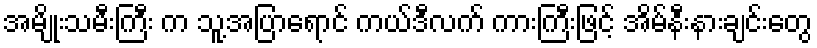
အမျိုးသမီးကြီး က သူ့အပြာရောင် ကယ်ဒီလက် ကားကြီးဖြင့် အိမ်နီးနားချင်းတွေ